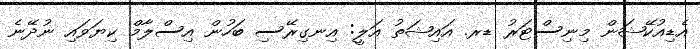
އެޑިއުކޭޝަން މިނިސްޓަރު ޑރ. އައިޝަތު އަލީ: އިނގިރޭސި ބަހުން އިސްލާމް ކިޔަވައި ނުދޭނެ